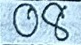
08